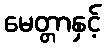
မေတ္တာနှင့်